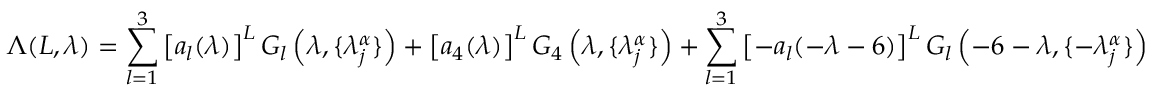
\Lambda ( L , \lambda ) = \sum _ { l = 1 } ^ { 3 } \left[ a _ { l } ( \lambda ) \right] ^ { L } G _ { l } \left( \lambda , \{ \lambda _ { j } ^ { \alpha } \} \right) + \left[ a _ { 4 } ( \lambda ) \right] ^ { L } G _ { 4 } \left( \lambda , \{ \lambda _ { j } ^ { \alpha } \} \right) + \sum _ { l = 1 } ^ { 3 } \left[ - a _ { l } ( - \lambda - 6 ) \right] ^ { L } G _ { l } \left( - 6 - \lambda , \{ - \lambda _ { j } ^ { \alpha } \} \right)